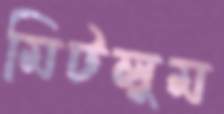
মিটলুম